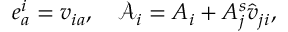
e _ { a } ^ { i } = v _ { i a } , \quad \mathcal { A } _ { i } = A _ { i } + A _ { j } ^ { s } \hat { v } _ { j i } ,